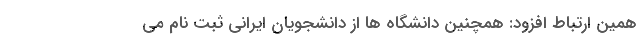
همین ارتباط افزود: همچنین دانشگاه ها از دانشجویان ایرانی ثبت نام می